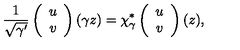
{ \frac { 1 } { \sqrt { \gamma ^ { \prime } } } } \left( \begin{array} { c } { u } \\ { v } \\ \end{array} \right) ( \gamma z ) = \chi _ { \gamma } ^ { * } \left( \begin{array} { c } { u } \\ { v } \\ \end{array} \right) ( z ) ,